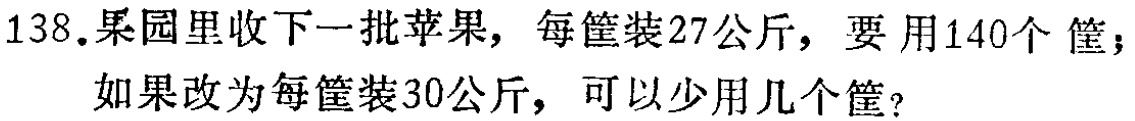
138.果园里收下一批苹果，每筐装27公斤，要用140个筐；如果改为每筐装30公斤，可以少用几个筐？